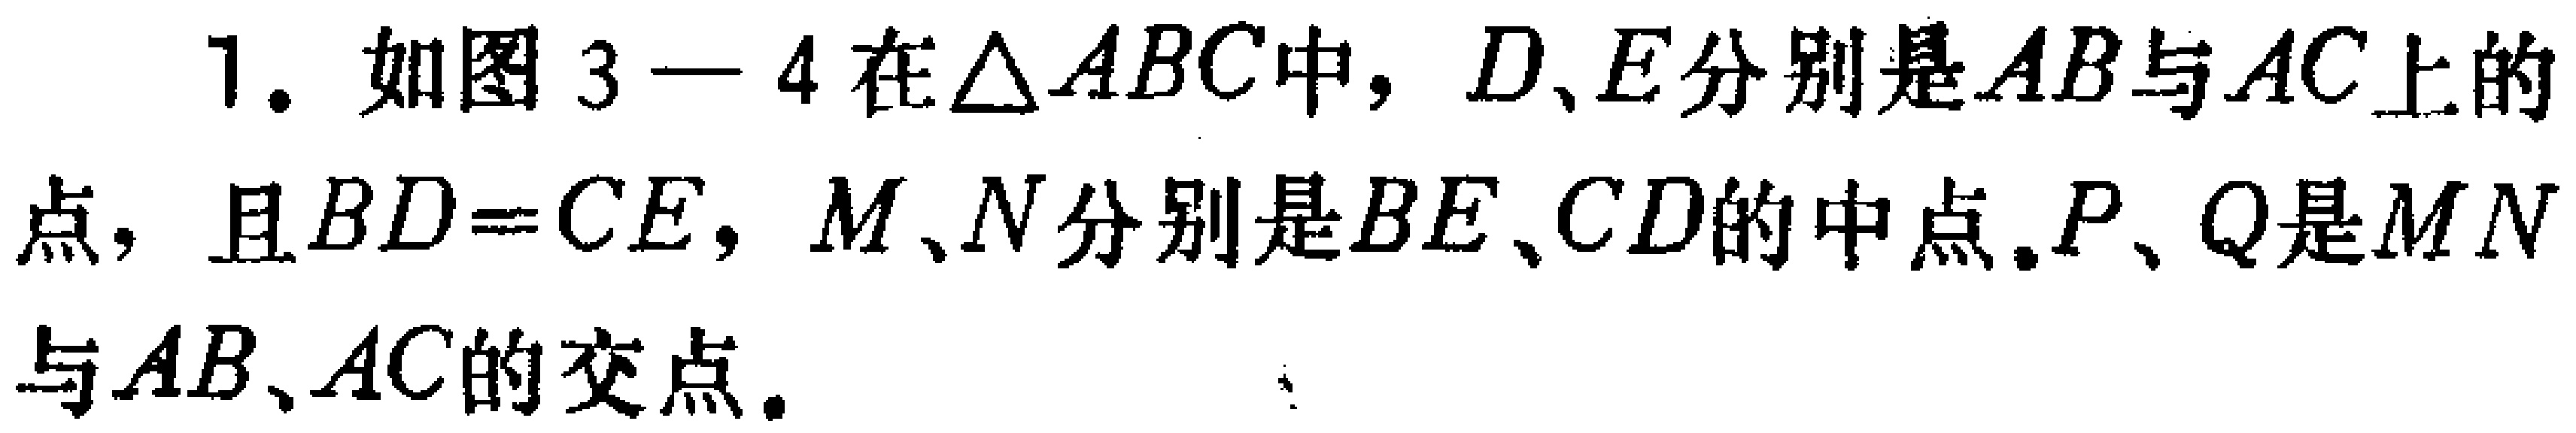
1. 如图3—4在\(\triangle ABC\)中，\(D、E\)分别是\(AB\)与\(AC\)上的点，且\(BD = CE\)，\(M、N\)分别是\(BE、CD\)的中点，\(P、Q\)是\(MN\)与\(AB、AC\)的交点。